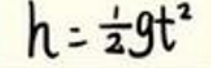
$h = \frac{1}{2} g t ^ { 2 }$